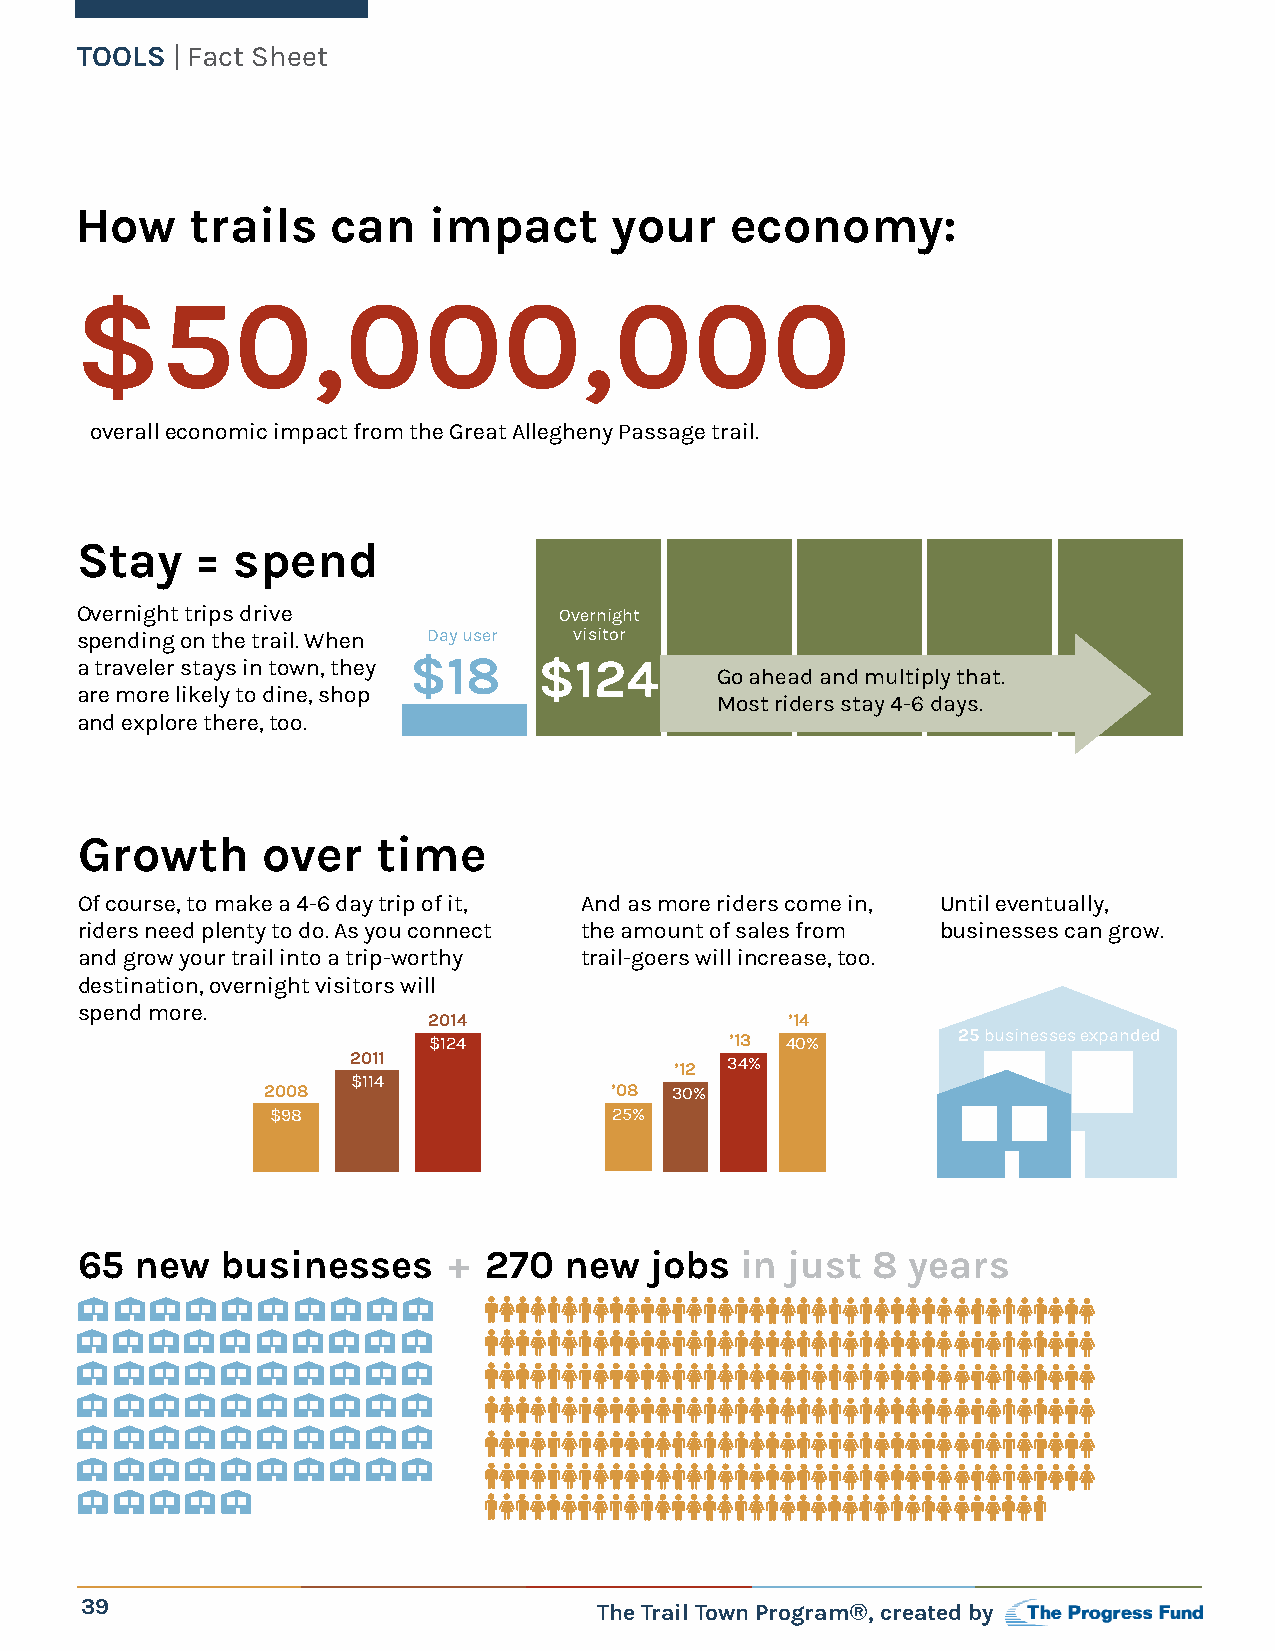
TOOLS | Fact Sheet
 How     trails   can   impact      your    economy:
 $50,000,000
 overall economic impact from the Great Allegheny Passage trail.
 Stay    = spend
 Overnight trips drive           Overnight
 spending on the trail. When Day user visitor
 a traveler stays in town, they $Day1 u8ser $124
 Go ahead and multiply that.
 are more likely to dine, shop
 Most riders stay 4-6 days.
 and explore there, too.
 Growth      over    time
 Of course, to make a 4-6 day trip of it, And as more riders come in, Until eventually,
 riders need plenty to do. As you connect the amount of sales from businesses can grow.
 and grow your trail into a trip-worthy trail-goers will increase, too.
 destination, overnight visitors will
 spend more.
 2014                    ’14
 $124                ’13 40%        25 businesses expanded
 2011                  ’12 34%
 $114
 2008                   ’08 30%
 $98                    25%
 65  new   businesses     + 270  new   jobs  in just  8 years
 39                                 The Trail Town Program®, created by